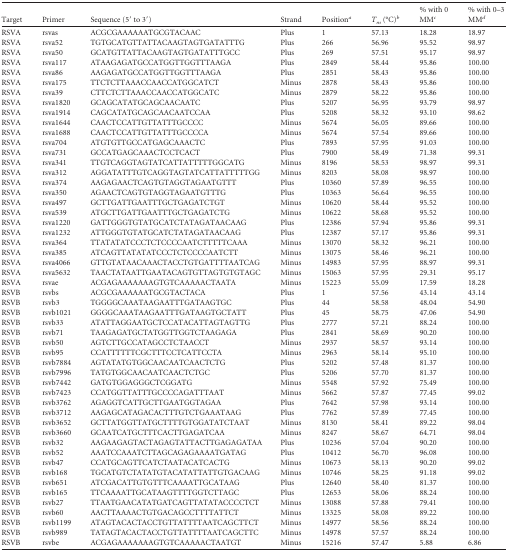
<table><thead><tr><td><b>Target</b></td><td><b>Primer</b></td><td><b>Sequence (5′ to 3′)</b></td><td><b>Strand</b></td><td><b>Position<sup><i>a</i></sup></b></td><td><b><i>T<sub>m</sub></i> (°C)<sup><i>b</i></sup></b></td><td><b>% with 0 MM<sup><i>c</i></sup></b></td><td><b>% with 0–3 MM<sup><i>d</i></sup></b></td></tr></thead><tbody><tr><td>RSVA</td><td>rsvas</td><td>ACGCGAAAAAATGCGTACAAC</td><td>Plus</td><td>1</td><td>57.13</td><td>18.28</td><td>18.97</td></tr><tr><td>RSVA</td><td>rsva52</td><td>TGTGCATGTTATTACAAGTAGTGATATTTG</td><td>Plus</td><td>266</td><td>56.96</td><td>95.52</td><td>98.97</td></tr><tr><td>RSVA</td><td>rsva50</td><td>GCATGTTATTACAAGTAGTGATATTTGCC</td><td>Plus</td><td>269</td><td>57.51</td><td>95.17</td><td>98.97</td></tr><tr><td>RSVA</td><td>rsva117</td><td>ATAAGAGATGCCATGGTTGGTTTAAGA</td><td>Plus</td><td>2849</td><td>58.44</td><td>95.86</td><td>100.00</td></tr><tr><td>RSVA</td><td>rsva86</td><td>AAGAGATGCCATGGTTGGTTTAAGA</td><td>Plus</td><td>2851</td><td>58.43</td><td>95.86</td><td>100.00</td></tr><tr><td>RSVA</td><td>rsva175</td><td>TTCTCTTAAACCAACCATGGCATCT</td><td>Minus</td><td>2878</td><td>58.43</td><td>95.86</td><td>100.00</td></tr><tr><td>RSVA</td><td>rsva39</td><td>CTTCTCTTAAACCAACCATGGCATC</td><td>Minus</td><td>2879</td><td>58.22</td><td>95.86</td><td>100.00</td></tr><tr><td>RSVA</td><td>rsva1820</td><td>GCAGCATATGCAGCAACAATC</td><td>Plus</td><td>5207</td><td>56.95</td><td>93.79</td><td>98.97</td></tr><tr><td>RSVA</td><td>rsva1914</td><td>CAGCATATGCAGCAACAATCCAA</td><td>Plus</td><td>5208</td><td>58.32</td><td>93.10</td><td>98.62</td></tr><tr><td>RSVA</td><td>rsva1644</td><td>CAACTCCATTGTTATTTGCCCC</td><td>Minus</td><td>5674</td><td>56.05</td><td>89.66</td><td>100.00</td></tr><tr><td>RSVA</td><td>rsva1688</td><td>CAACTCCATTGTTATTTGCCCCA</td><td>Minus</td><td>5674</td><td>57.54</td><td>89.66</td><td>100.00</td></tr><tr><td>RSVA</td><td>rsva704</td><td>ATGTGTTGCCATGAGCAAACTC</td><td>Plus</td><td>7893</td><td>57.95</td><td>91.03</td><td>100.00</td></tr><tr><td>RSVA</td><td>rsva731</td><td>GCCATGAGCAAACTCCTCACT</td><td>Plus</td><td>7900</td><td>58.49</td><td>71.38</td><td>99.31</td></tr><tr><td>RSVA</td><td>rsva341</td><td>TTGTCAGGTAGTATCATTATTTTTGGCATG</td><td>Minus</td><td>8196</td><td>58.53</td><td>98.97</td><td>99.31</td></tr><tr><td>RSVA</td><td>rsva312</td><td>AGGATATTTGTCAGGTAGTATCATTATTTTTGG</td><td>Minus</td><td>8203</td><td>58.08</td><td>98.97</td><td>100.00</td></tr><tr><td>RSVA</td><td>rsva374</td><td>AAGAGAACTCAGTGTAGGTAGAATGTTT</td><td>Plus</td><td>10360</td><td>57.89</td><td>96.55</td><td>100.00</td></tr><tr><td>RSVA</td><td>rsva350</td><td>AGAACTCAGTGTAGGTAGAATGTTTG</td><td>Plus</td><td>10363</td><td>56.64</td><td>96.55</td><td>100.00</td></tr><tr><td>RSVA</td><td>rsva497</td><td>GCTTGATTGAATTTGCTGAGATCTGT</td><td>Minus</td><td>10620</td><td>58.44</td><td>95.52</td><td>100.00</td></tr><tr><td>RSVA</td><td>rsva539</td><td>ATGCTTGATTGAATTTGCTGAGATCTG</td><td>Minus</td><td>10622</td><td>58.68</td><td>95.52</td><td>100.00</td></tr><tr><td>RSVA</td><td>rsva1220</td><td>GATTGGGTGTATGCATCTATAGATAACAAG</td><td>Plus</td><td>12386</td><td>57.94</td><td>95.86</td><td>99.31</td></tr><tr><td>RSVA</td><td>rsva1232</td><td>ATTGGGTGTATGCATCTATAGATAACAAG</td><td>Plus</td><td>12387</td><td>57.17</td><td>95.86</td><td>99.31</td></tr><tr><td>RSVA</td><td>rsva364</td><td>TTATATATCCCTCTCCCCAATCTTTTTCAAA</td><td>Minus</td><td>13070</td><td>58.32</td><td>96.21</td><td>100.00</td></tr><tr><td>RSVA</td><td>rsva385</td><td>ATCAGTTATATATCCCTCTCCCCAATCTT</td><td>Minus</td><td>13075</td><td>58.46</td><td>96.21</td><td>100.00</td></tr><tr><td>RSVA</td><td>rsva4066</td><td>GTTGTATAACAAACTACCTGTGATTTTAATCAG</td><td>Minus</td><td>14983</td><td>57.95</td><td>88.97</td><td>99.31</td></tr><tr><td>RSVA</td><td>rsva5632</td><td>TAACTATAATTGAATACAGTGTTAGTGTGTAGC</td><td>Minus</td><td>15063</td><td>57.95</td><td>29.31</td><td>95.17</td></tr><tr><td>RSVA</td><td>rsvae</td><td>ACGAGAAAAAAAGTGTCAAAAACTAATA</td><td>Minus</td><td>15223</td><td>55.09</td><td>17.59</td><td>18.28</td></tr><tr><td>RSVB</td><td>rsvbs</td><td>ACGCGAAAAAATGCGTACTACA</td><td>Plus</td><td>1</td><td>57.56</td><td>43.14</td><td>43.14</td></tr><tr><td>RSVB</td><td>rsvb3</td><td>TGGGGCAAATAAGAATTTGATAAGTGC</td><td>Plus</td><td>44</td><td>58.58</td><td>48.04</td><td>54.90</td></tr><tr><td>RSVB</td><td>rsvb1021</td><td>GGGGCAAATAAGAATTTGATAAGTGCTATT</td><td>Plus</td><td>45</td><td>58.75</td><td>47.06</td><td>54.90</td></tr><tr><td>RSVB</td><td>rsvb33</td><td>ATATTAGGAATGCTCCATACATTAGTAGTTG</td><td>Plus</td><td>2777</td><td>57.21</td><td>88.24</td><td>100.00</td></tr><tr><td>RSVB</td><td>rsvb71</td><td>TAAGAGATGCTATGGTTGGTCTAAGAGA</td><td>Plus</td><td>2841</td><td>58.69</td><td>90.20</td><td>100.00</td></tr><tr><td>RSVB</td><td>rsvb50</td><td>AGTCTTGCCATAGCCTCTAACCT</td><td>Minus</td><td>2937</td><td>58.57</td><td>93.14</td><td>100.00</td></tr><tr><td>RSVB</td><td>rsvb95</td><td>CCATTTTTTCGCTTTCCTCATTCCTA</td><td>Minus</td><td>2963</td><td>58.14</td><td>95.10</td><td>100.00</td></tr><tr><td>RSVB</td><td>rsvb7884</td><td>AGTATATGTGGCAACAATCAACTCTG</td><td>Plus</td><td>5202</td><td>57.48</td><td>81.37</td><td>100.00</td></tr><tr><td>RSVB</td><td>rsvb7996</td><td>TATGTGGCAACAATCAACTCTGC</td><td>Plus</td><td>5206</td><td>57.70</td><td>81.37</td><td>100.00</td></tr><tr><td>RSVB</td><td>rsvb7442</td><td>GATGTGGAGGGCTCGGATG</td><td>Minus</td><td>5548</td><td>57.92</td><td>75.49</td><td>100.00</td></tr><tr><td>RSVB</td><td>rsvb7423</td><td>CCATGGTTATTTGCCCCAGATTTAAT</td><td>Minus</td><td>5662</td><td>57.87</td><td>77.45</td><td>99.02</td></tr><tr><td>RSVB</td><td>rsvb3762</td><td>AGAGGTCATTGCTTGAATGGTAGAA</td><td>Plus</td><td>7642</td><td>57.98</td><td>93.14</td><td>100.00</td></tr><tr><td>RSVB</td><td>rsvb3712</td><td>AAGAGCATAGACACTTTGTCTGAAATAAG</td><td>Plus</td><td>7762</td><td>57.89</td><td>77.45</td><td>100.00</td></tr><tr><td>RSVB</td><td>rsvb3652</td><td>GCTTATGGTTATGCTTTTGTGGATATCTAAT</td><td>Minus</td><td>8130</td><td>58.41</td><td>89.22</td><td>98.04</td></tr><tr><td>RSVB</td><td>rsvb3660</td><td>GCAATCATGCTTTCACTTGAGATCAA</td><td>Minus</td><td>8247</td><td>58.67</td><td>64.71</td><td>98.04</td></tr><tr><td>RSVB</td><td>rsvb32</td><td>AAGAAGAGTACTAGAGTATTACTTGAGAGATAA</td><td>Plus</td><td>10236</td><td>57.04</td><td>90.20</td><td>100.00</td></tr><tr><td>RSVB</td><td>rsvb52</td><td>AAATCCAAATCTTAGCAGAGAAAATGATAG</td><td>Plus</td><td>10412</td><td>56.70</td><td>96.08</td><td>100.00</td></tr><tr><td>RSVB</td><td>rsvb47</td><td>CCATGCAGTTCATCTAATACATCACTG</td><td>Minus</td><td>10673</td><td>58.13</td><td>90.20</td><td>99.02</td></tr><tr><td>RSVB</td><td>rsvb168</td><td>TGCATGTCTATATGTACATATTATTGTGACAAG</td><td>Minus</td><td>10746</td><td>58.25</td><td>91.18</td><td>99.02</td></tr><tr><td>RSVB</td><td>rsvb651</td><td>ATCGACATTGTGTTTCAAAATTGCATAAG</td><td>Plus</td><td>12640</td><td>58.40</td><td>81.37</td><td>100.00</td></tr><tr><td>RSVB</td><td>rsvb165</td><td>TTCAAAATTGCATAAGTTTTGGTCTTAGC</td><td>Plus</td><td>12653</td><td>58.06</td><td>88.24</td><td>100.00</td></tr><tr><td>RSVB</td><td>rsvb27</td><td>TTAATGAACATATGATCAGTTATATACCCCTCT</td><td>Minus</td><td>13088</td><td>57.88</td><td>79.41</td><td>100.00</td></tr><tr><td>RSVB</td><td>rsvb60</td><td>AACTTAAAACTGTGACAGCCTTTTATTCT</td><td>Minus</td><td>13325</td><td>58.08</td><td>89.22</td><td>100.00</td></tr><tr><td>RSVB</td><td>rsvb1199</td><td>ATAGTACACTACCTGTTATTTTAATCAGCTTCT</td><td>Minus</td><td>14977</td><td>58.56</td><td>88.24</td><td>100.00</td></tr><tr><td>RSVB</td><td>rsvb989</td><td>TATAGTACACTACCTGTTATTTTAATCAGCTTC</td><td>Minus</td><td>14978</td><td>57.57</td><td>88.24</td><td>100.00</td></tr><tr><td>RSVB</td><td>rsvbe</td><td>ACGAGAAAAAAAGTGTCAAAAACTAATGT</td><td>Minus</td><td>15216</td><td>57.47</td><td>5.88</td><td>6.86</td></tr></tbody></table>